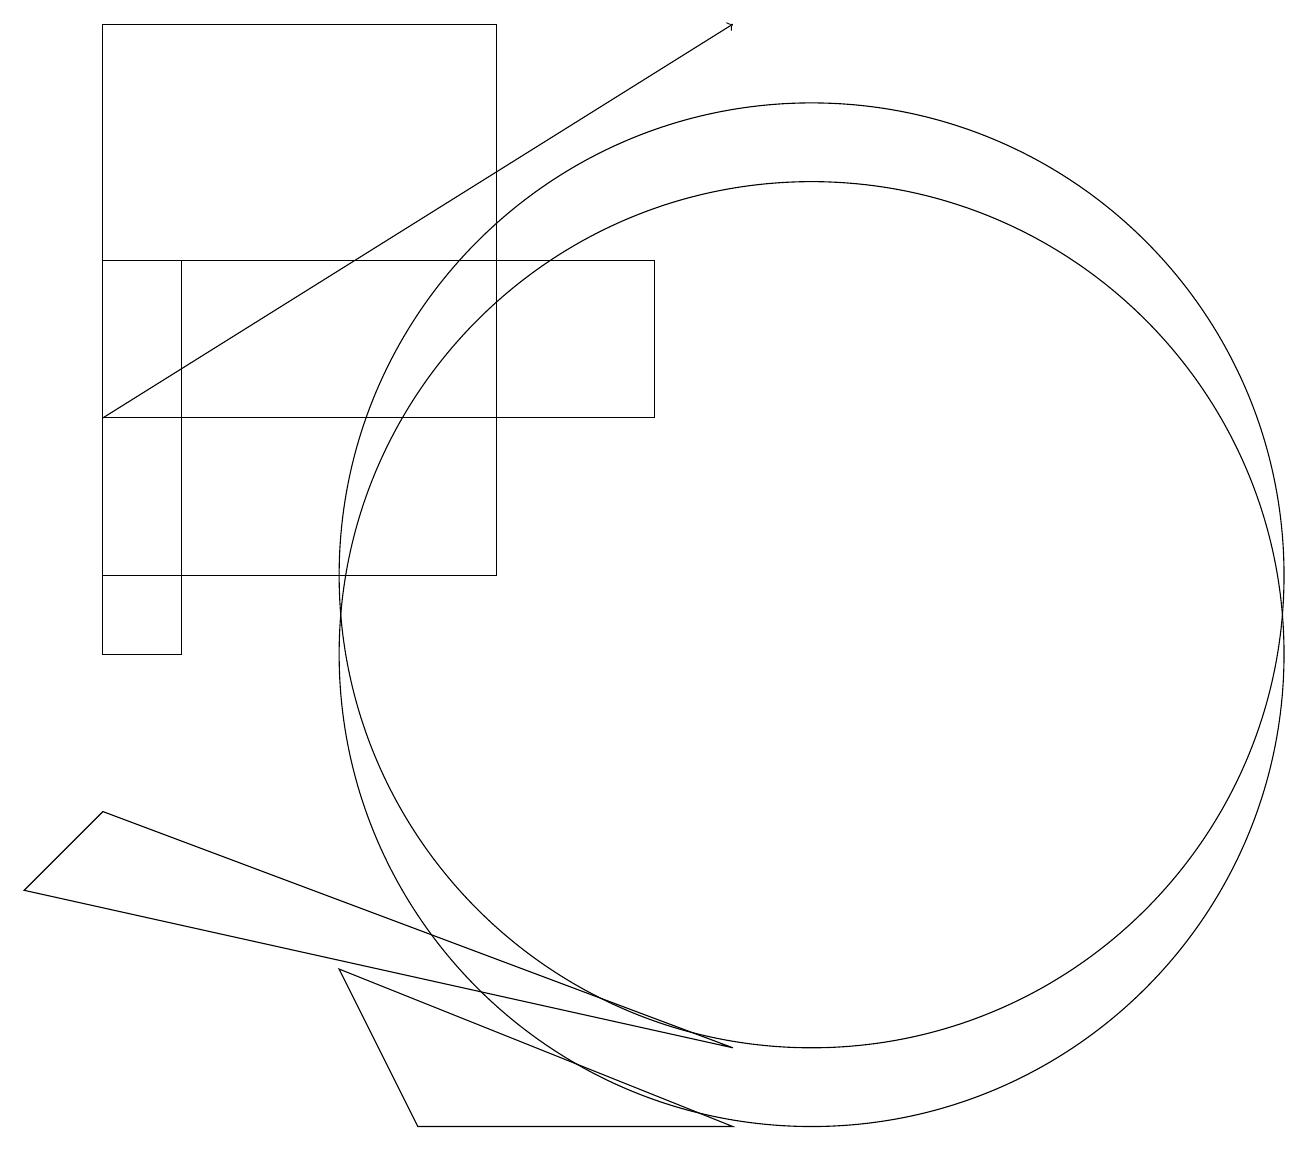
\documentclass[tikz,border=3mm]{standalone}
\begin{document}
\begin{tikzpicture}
\draw (5,4) -- (4,6) -- (9,4) -- cycle;
\draw (2,10) rectangle (1,15);
\draw (9,5) -- (0,7) -- (1,8) -- cycle;
\draw (10,11) circle (6);
\draw (10,10) circle (6);
\draw (6,18) rectangle (1,11);
\draw (1,15) rectangle (8,13);
\draw[->] (1,13) -- (9,18);
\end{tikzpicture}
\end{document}